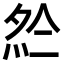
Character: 𡖗